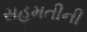
સહમતીની